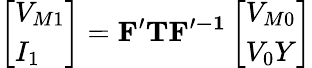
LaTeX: \left[\begin{array}{l}{V_{M1}}\\ {I_{1}}\end{array}\right]=\mathbf{F^{\prime}}\mathbf{T}\mathbf{F^{\prime-1}}\left[\begin{array}{l}{V_{M0}}\\ {V_{0}Y}\end{array}\right]